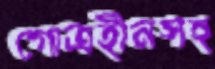
গোত্রহীনসহ